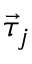
\vec { \tau } _ { j }